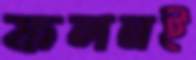
ফলনই